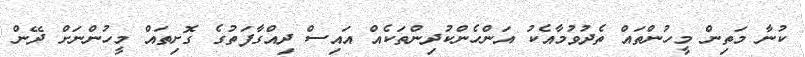
ކުނާ މަތިން މީހުންތައް ތެދުވުމާއެކު އަންހެންކުދިންތަކެއް އައިސް ދިއްގާފަތުގެ ގޮށިތައް މީހުންނަށް ދޭން